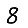
Digit: 8